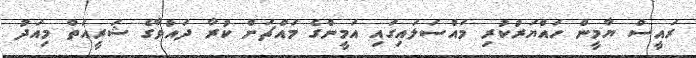
ރައީސް ޔާމީން ހައްޔަރުކުރި މައްސަލައިގައި އަމީންގެ މައްޗަށް ކުރާ ދައުވާގެ ޝަރީއަތް މިއަދު